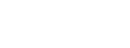
ဝိညာဏသ္မိမ္ပိ